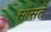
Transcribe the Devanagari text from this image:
सोसते